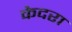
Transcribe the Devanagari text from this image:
केदरा